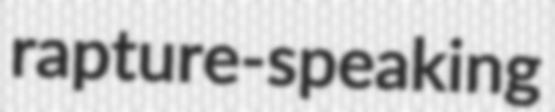
rapture-speaking